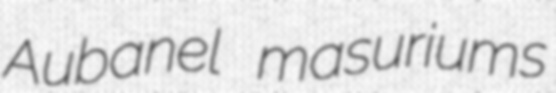
Aubanel masuriums